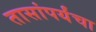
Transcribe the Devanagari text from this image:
तासांपर्यंचा